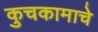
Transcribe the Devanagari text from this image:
कुचकामाचे